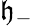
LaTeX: \mathfrak{h}_{-}